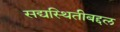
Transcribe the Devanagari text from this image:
सद्यस्थितीबद्दल